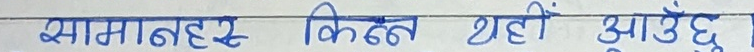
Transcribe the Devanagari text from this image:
सामानर किन्न यहीँ आउँछ ।